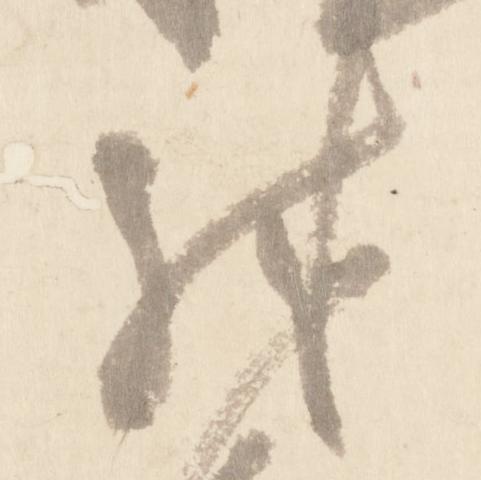
殊